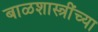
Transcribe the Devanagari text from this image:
बाळशास्त्रींच्या